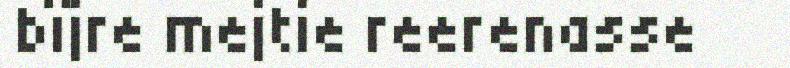
bïjre mejtie reerenasse